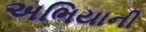
અભિયાની